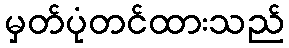
မှတ်ပုံတင်ထားသည်